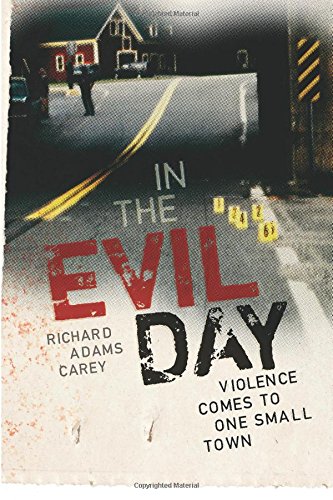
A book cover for In the Evil Day: Violence Comes to One Small Town; Richard Adams Carey; Biographies & Memoirs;